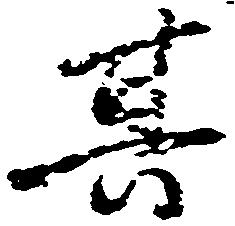
其